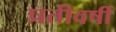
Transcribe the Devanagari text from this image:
प्रतीवर्षी